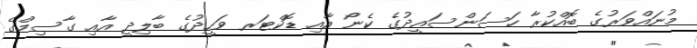
މުނައްވަރުގެ ބޮއްކުރާ ހަސަންސައީދުގެ ކެނޯ އާއި ޑޮކްޓަރ ވަހީދުގެ ބާލިދީ އާއި ގާސިމްގެ